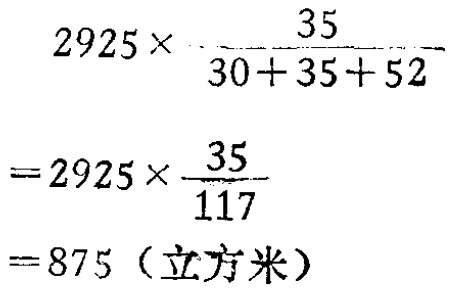
\[

\begin{align*}

&2925\times\frac{35}{30 + 35 + 52}\\

=&2925\times\frac{35}{117}\\

=&875（立方米）

\end{align*}

\]